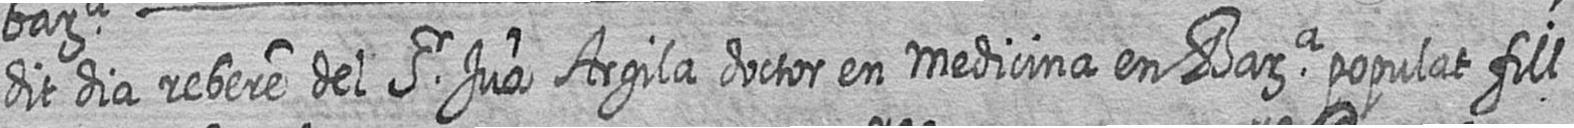
dit dia rebere del Sr Jua Argila doctor en medicina en Bara populat fill